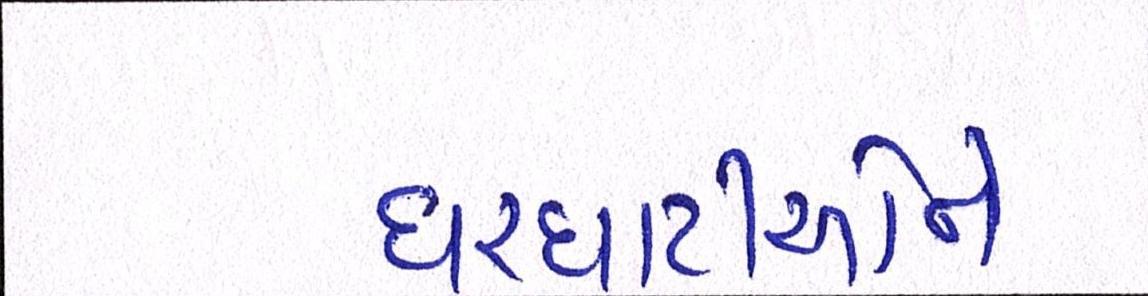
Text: ઘરઘાટીઓને